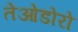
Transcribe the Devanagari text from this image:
तेओडोरो